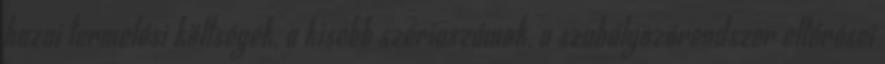
hazai termelési költségek, a kisebb szériaszámok, a szabályozórendszer eltérései